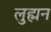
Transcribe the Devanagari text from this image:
लुह्मन